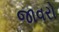
જાવરો